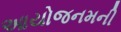
આયોજનમની